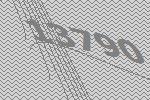
13790